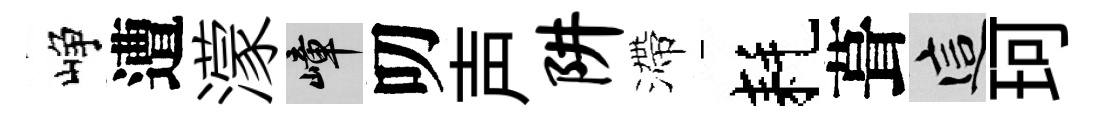
峥遭濛嶂叨声阱滯耗葺這珂